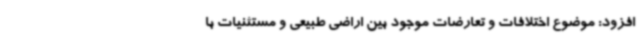
افزود: موضوع اختلافات و تعارضات موجود بین اراضی طبیعی و مستثنیات با